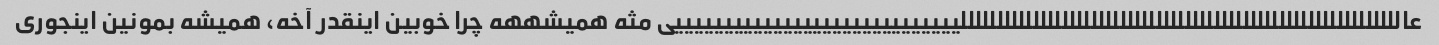
عالللللللللللللللللللللللللللللللللللللللللللللللللللللللللللللیییییییییییییییییییییییییییییی مثه همیشههه چرا خوبین اینقدر آخه، همیشه بمونین اینجوری